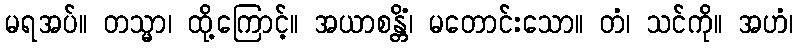
မရအပ်။ တသ္မာ၊ ထို့ကြောင့်။ အယာစန္တိံ၊ မတောင်းသော။ တံ၊ သင်ကို။ အဟံ၊